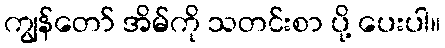
ကျွန်တော် အိမ်ကို သတင်းစာ ပို့ ပေးပါ။